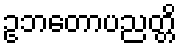
ဥဘတောပညတ္တိ